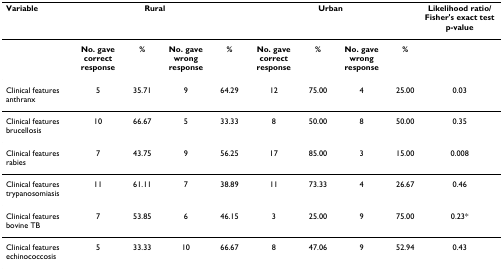
<table><thead><tr><td><b>Variable</b></td><td colspan="4"><b>Rural</b></td><td colspan="4"><b>Urban</b></td><td><b>Likelihood ratio/Fisher&#x27;s exact test p-value</b></td></tr></thead><tbody><tr><td></td><td><b>No. gave correct response</b></td><td><b>%</b></td><td><b>No. gave wrong response</b></td><td><b>%</b></td><td><b>No. gave correct response</b></td><td><b>%</b></td><td><b>No. gave wrong response</b></td><td><b>%</b></td><td></td></tr><tr><td>Clinical features anthranx</td><td>5</td><td>35.71</td><td>9</td><td>64.29</td><td>12</td><td>75.00</td><td>4</td><td>25.00</td><td>0.03</td></tr><tr><td>Clinical features brucellosis</td><td>10</td><td>66.67</td><td>5</td><td>33.33</td><td>8</td><td>50.00</td><td>8</td><td>50.00</td><td>0.35</td></tr><tr><td>Clinical features rabies</td><td>7</td><td>43.75</td><td>9</td><td>56.25</td><td>17</td><td>85.00</td><td>3</td><td>15.00</td><td>0.008</td></tr><tr><td>Clinical features trypanosomiasis</td><td>11</td><td>61.11</td><td>7</td><td>38.89</td><td>11</td><td>73.33</td><td>4</td><td>26.67</td><td>0.46</td></tr><tr><td>Clinical features bovine TB</td><td>7</td><td>53.85</td><td>6</td><td>46.15</td><td>3</td><td>25.00</td><td>9</td><td>75.00</td><td>0.23*</td></tr><tr><td>Clinical features echinococcosis</td><td>5</td><td>33.33</td><td>10</td><td>66.67</td><td>8</td><td>47.06</td><td>9</td><td>52.94</td><td>0.43</td></tr></tbody></table>